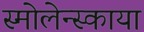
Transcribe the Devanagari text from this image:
स्मोलेन्स्काया